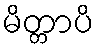
မိတ္တာပိ